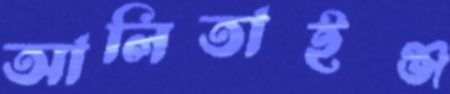
আলিতাইঞ্জ